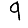
Digit: 9